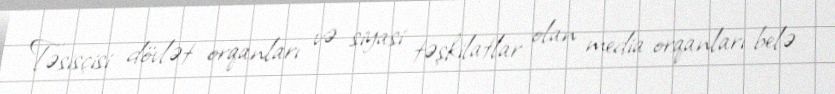
Təsisçisi dövlət orqanları və siyasi təşkilatlar olan media orqanları belə